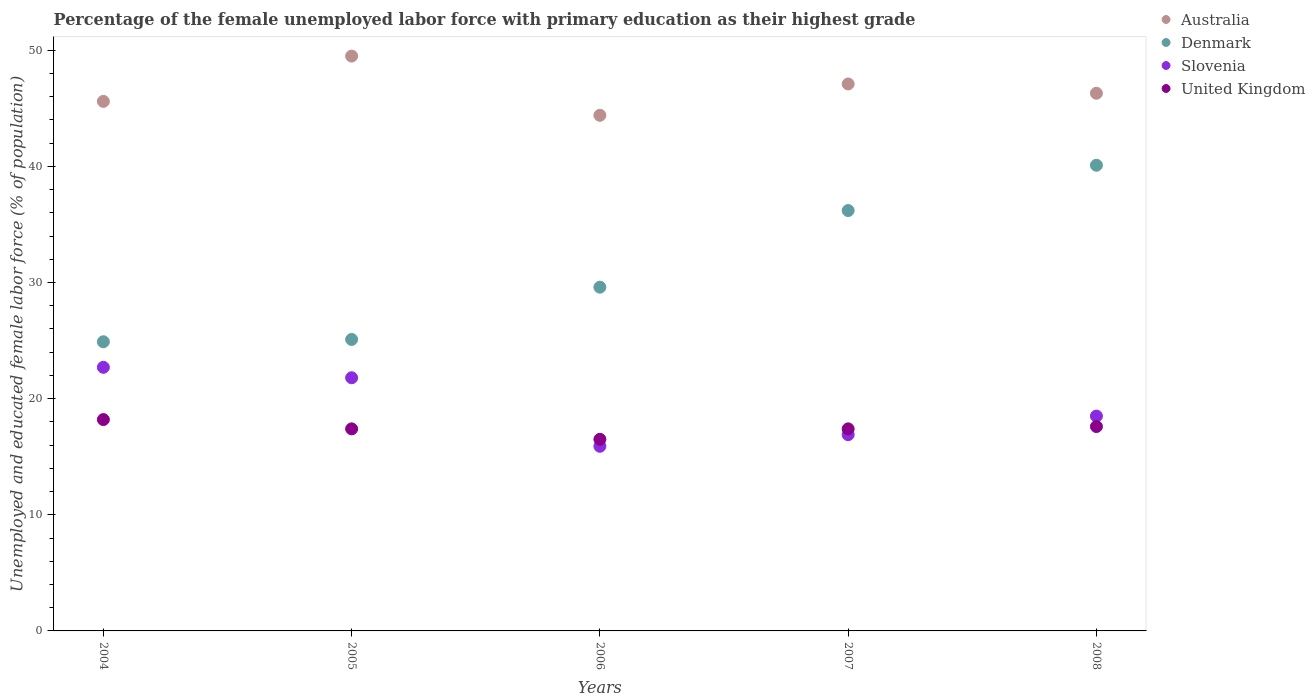
| Years | Australia | Denmark | Slovenia | United Kingdom |
 | --- | --- | --- | --- | --- |
 | 2004 | 45.6 | 24.9 | 22.7 | 18.2 |
 | 2005 | 49.5 | 25.1 | 21.8 | 17.4 |
 | 2006 | 44.4 | 29.6 | 15.9 | 16.5 |
 | 2007 | 47.1 | 36.2 | 16.9 | 17.4 |
 | 2008 | 46.3 | 40.1 | 18.5 | 17.6 |